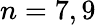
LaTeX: n=7,9